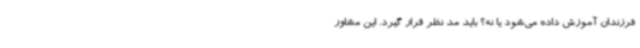
فرزندان آموزش داده می‌شود یا نه؟ باید مد نظر قرار گیرد. این مشاور